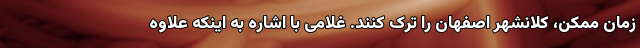
زمان ممکن، کلانشهر اصفهان را ترک کنند. غلامی با اشاره به اینکه علاوه